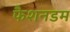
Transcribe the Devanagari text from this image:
फैशनडम